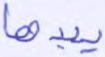
يبدها